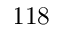
1 1 8